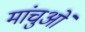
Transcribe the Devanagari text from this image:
मांचुओं